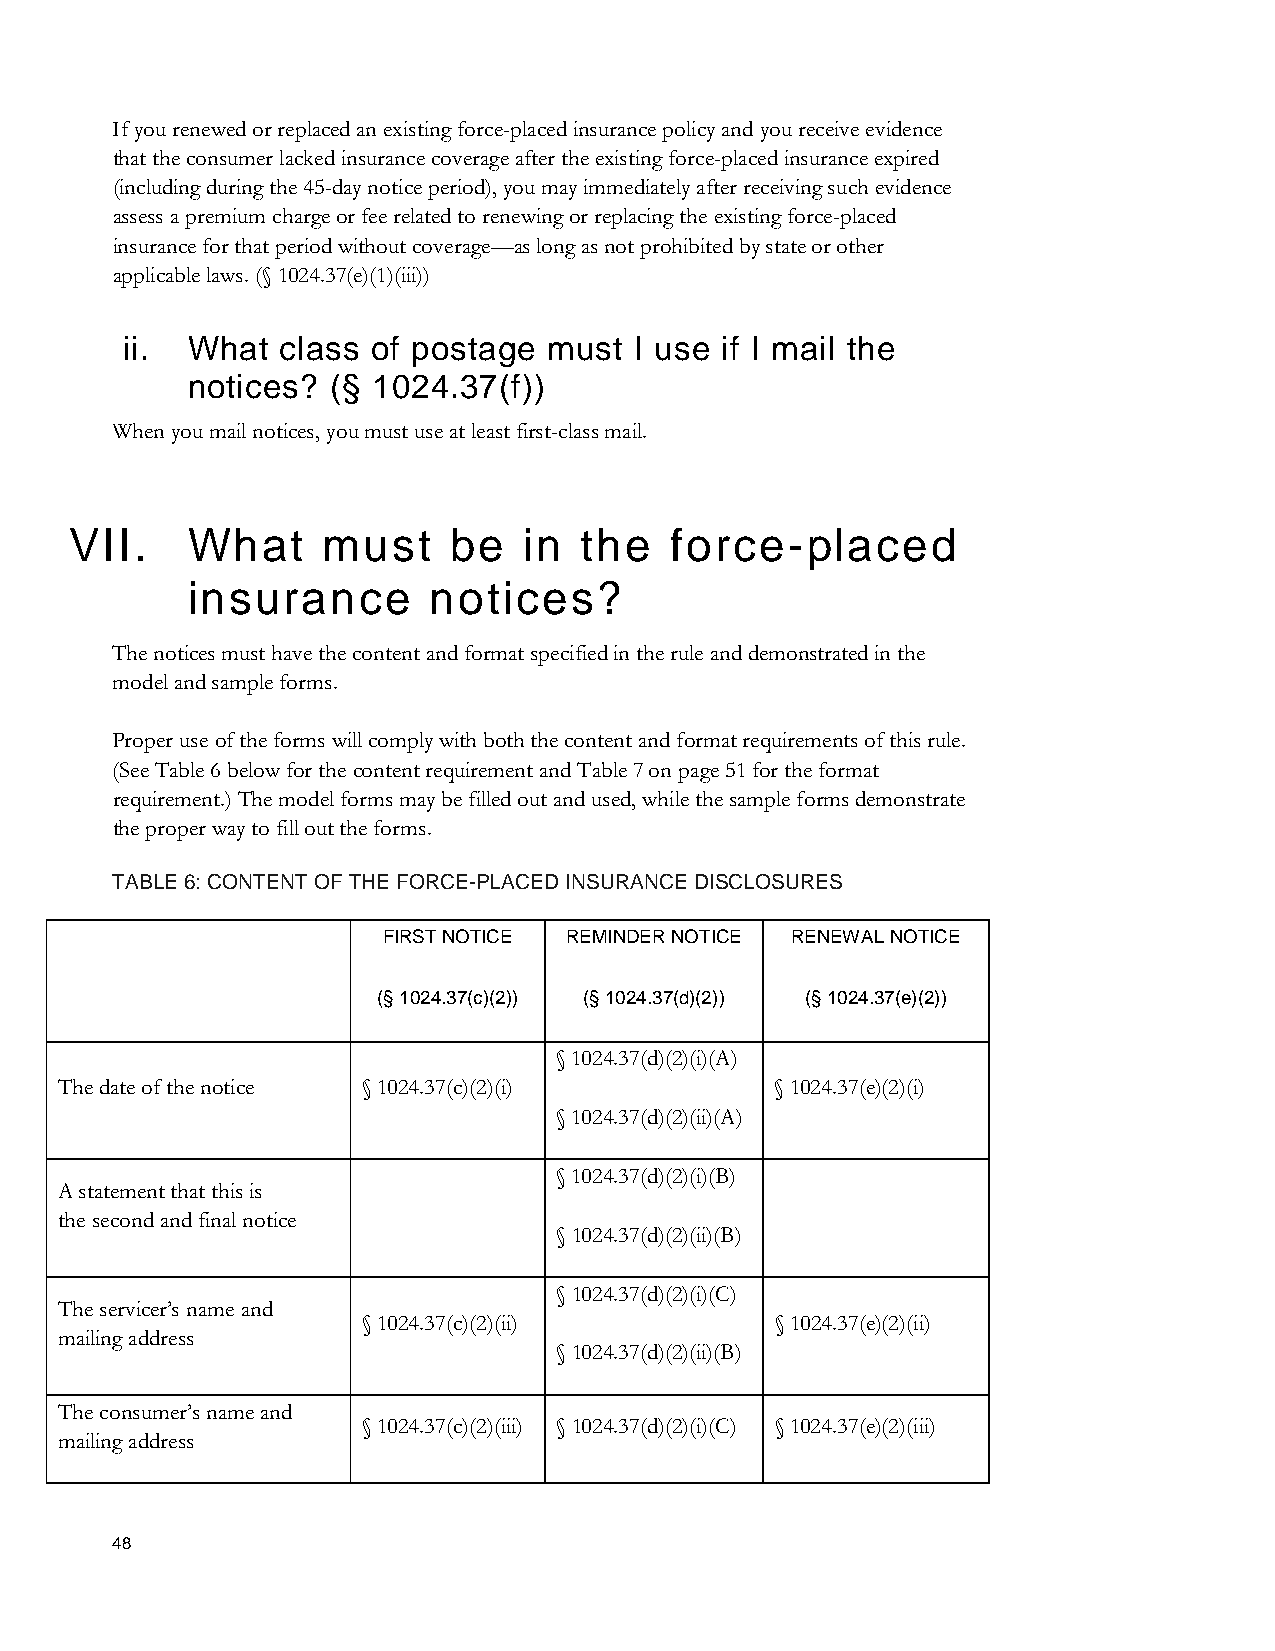
If you renewed or replaced an existing force-placed insurance policy and you receive evidence
 that the consumer lacked insurance coverage after the existing force-placed insurance expired
 (including during the 45-day notice period), you may immediately after receiving such evidence
 assess a premium charge or fee related to renewing or replacing the existing force-placed
 insurance for that period without coverage—as long as not prohibited by state or other
 applicable laws. (§ 1024.37(e)(1)(iii))
 ii. What   class of postage must  I use if I mail the
 notices?  (§ 1024.37(f))
 When you mail notices, you must use at least first-class mail.
 VII.   What     must     be   in the   force-   placed
 insurance       notices?
 The notices must have the content and format specified in the rule and demonstrated in the
 model and sample forms.
 Proper use of the forms will comply with both the content and format requirements of this rule.
 (See Table 6 below for the content requirement and Table 7 on page 51 for the format
 requirement.) The model forms may be filled out and used, while the sample forms demonstrate
 the proper way to fill out the forms.
 TABLE 6: CONTENT OF THE FORCE-PLACED INSURANCE DISCLOSURES
 FIRST NOTICE REMINDER NOTICE RENEWAL NOTICE
 (§ 1024.37(c)(2)) (§ 1024.37(d)(2)) (§ 1024.37(e)(2))
 § 1024.37(d)(2)(i)(A)
 The date of the notice § 1024.37(c)(2)(i)      § 1024.37(e)(2)(i)
 § 1024.37(d)(2)(ii)(A)
 § 1024.37(d)(2)(i)(B)
 A statement that this is
 the second and final notice
 § 1024.37(d)(2)(ii)(B)
 § 1024.37(d)(2)(i)(C)
 The servicer’s name and
 § 1024.37(c)(2)(ii)        § 1024.37(e)(2)(ii)
 mailing address
 § 1024.37(d)(2)(ii)(B)
 The consumer’s name and
 § 1024.37(c)(2)(iii) § 1024.37(d)(2)(i)(C) § 1024.37(e)(2)(iii)
 mailing address
 48